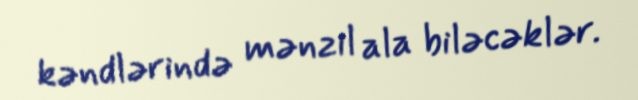
kəndlərində mənzil ala biləcəklər.